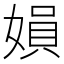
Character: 㜏